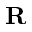
\mathbf { R }